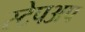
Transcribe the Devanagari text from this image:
स्टेपअप